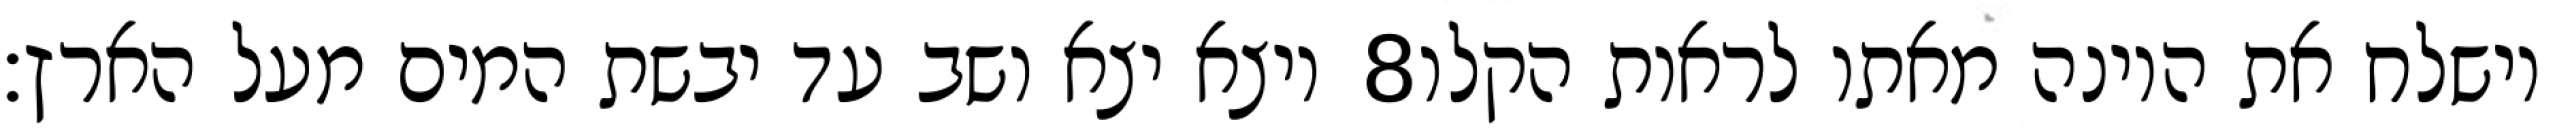
ויצא יצא ושב עד יבשת המים מעל הארץ׃ ‎8‏ וישלח את היונה מאתו לראות הקלו